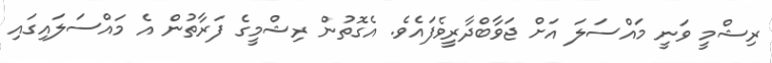
ރިޝްމީ ވަނީ މައްސަލަ އަށް ޖަވާބްދާރީވެފައެވެ. އެގޮތުން ރިޝްމީގެ ފަރާތުން އެ މައްސަލައިގައި